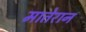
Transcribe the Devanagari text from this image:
मातेरान